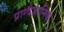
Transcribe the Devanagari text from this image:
प्राग्वैज्ञानिक